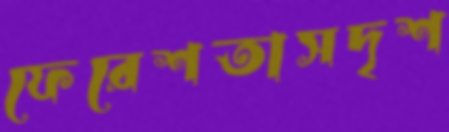
ফেরেশতাসদৃশ